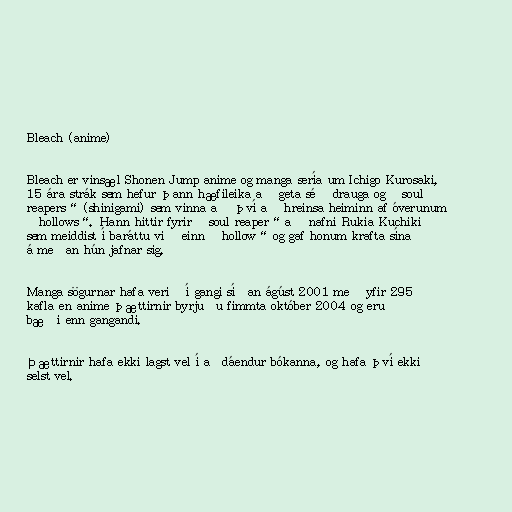
Bleach (anime)

Bleach er vinsæl Shonen Jump anime og manga sería um Ichigo Kurosaki,
15 ára strák sem hefur þann hæfileika að geta séð drauga og „soul
reapers“ (shinigami) sem vinna að því að hreinsa heiminn af óverunum
„hollows“. Hann hittir fyrir „soul reaper“ að nafni Rukia Kuchiki
sem meiddist í baráttu við einn „hollow“ og gaf honum krafta sína
á meðan hún jafnar sig.

Manga sögurnar hafa verið í gangi síðan ágúst 2001 með yfir 295
kafla en anime þættirnir byrjuðu fimmta október 2004 og eru
bæði enn gangandi.

Þættirnir hafa ekki lagst vel í aðdáendur bókanna, og hafa því ekki
selst vel.